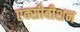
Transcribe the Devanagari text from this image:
एक्सीबीशन